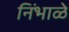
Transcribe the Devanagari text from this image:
निंभाळे